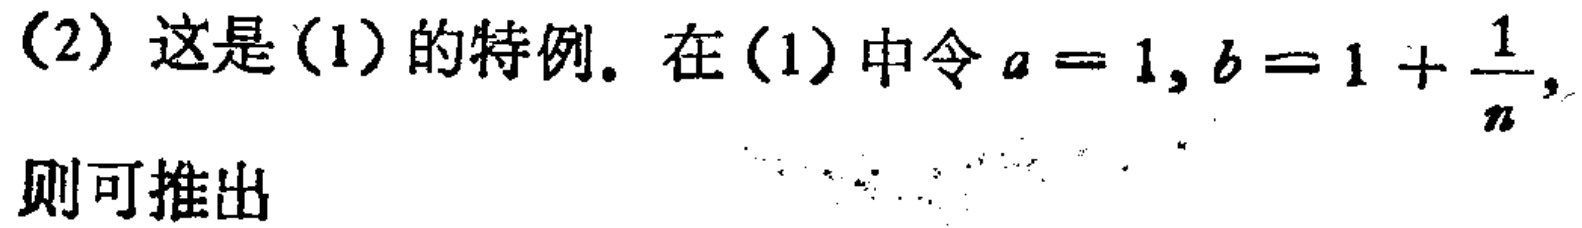
（2）这是（1）的特例. 在（1）中令\(a = 1, b = 1+\frac{1}{n}\)，则可推出